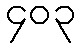
၄၀၃